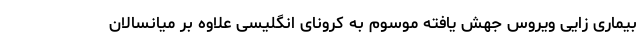
بیماری زایی ویروس جهش یافته موسوم به کرونای انگلیسی علاوه بر میانسالان